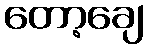
တော့ချေ